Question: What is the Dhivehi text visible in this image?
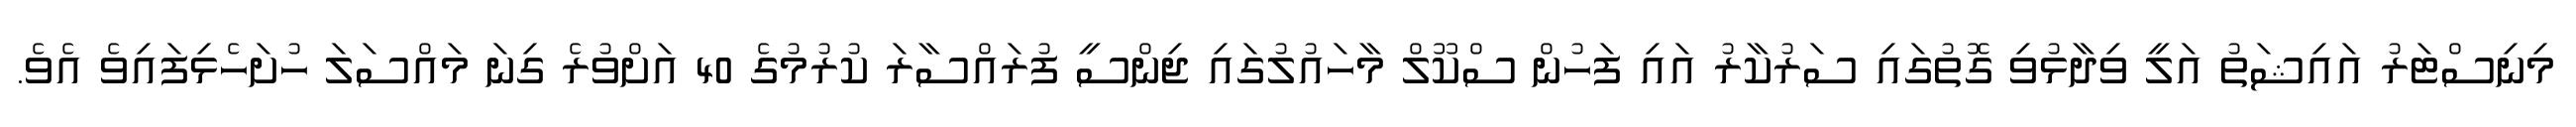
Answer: މިނިސްޓަރު އައިޝަތު އަލީ ވިދާޅުވި ގޮތުގައި ސަރުކާރު އައި ފަހުން ސްކޫލް މާހައުލުގައި ޖިންސީ ފުރައްސާރަ ކުރުމުގެ 40 އަށްވުރެ ގިނަ މައްސަލަ ހުށަހެޅިފައިވެ އެވެ.